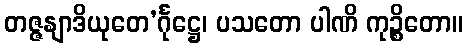
တဇ္ဇနျာဒိယုတေ’င်္ဂုဋ္ဌေ၊ ပသတော ပါဏိ ကုဉ္စိတော။